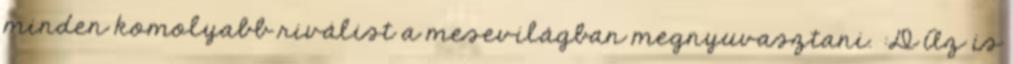
minden komolyabb riválist a mesevilágban megnyuvasztani. :D Az is